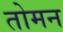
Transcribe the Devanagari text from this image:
तोमन